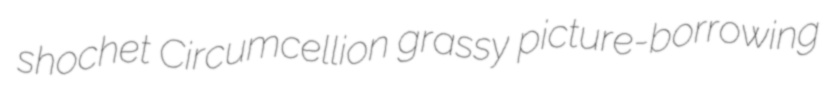
shochet Circumcellion grassy picture-borrowing